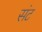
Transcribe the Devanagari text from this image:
संट